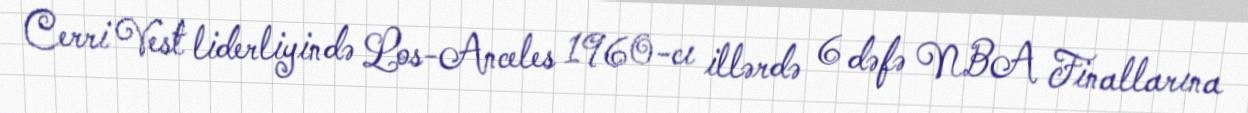
Cerri Vest liderliyində Los-Anceles 1960-cı illərdə 6 dəfə NBA Finallarına